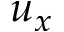
u _ { x }